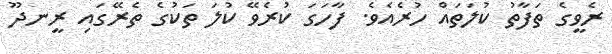
ރެވީގެ ތަފާތު ކުލަތައް ހުރެއެވެ. ފާހަގަ ކުރެވޭ ކުލަ ތަކުގެ ތެރޭގައި ރީނދޫ